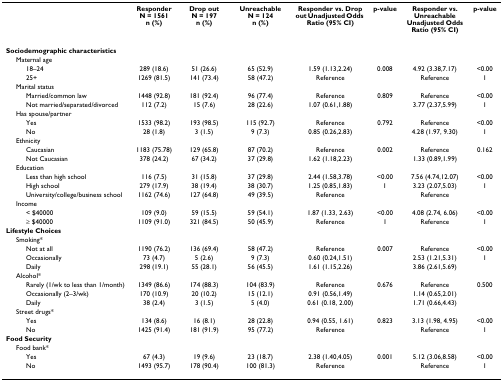
<table><thead><tr><td></td><td><b>ResponderN = 1561n (%)</b></td><td><b>Drop outN = 197n (%)</b></td><td><b>UnreachableN = 124n (%)</b></td><td><b>Responder vs. Drop out Unadjusted Odds Ratio (95% CI)</b></td><td><b>p-value</b></td><td><b>Responder vs. Unreachable Unadjusted Odds Ratio (95% CI)</b></td><td><b>p-value</b></td></tr></thead><tbody><tr><td><b>Sociodemographic characteristics</b></td><td></td><td></td><td></td><td></td><td></td><td></td><td></td></tr><tr><td> Maternal age</td><td></td><td></td><td></td><td></td><td></td><td></td><td></td></tr><tr><td>18–24</td><td>289 (18.6)</td><td>51 (26.6)</td><td>65 (52.9)</td><td>1.59 (1.13,2.24)</td><td>0.008</td><td>4.92 (3.38,7.17)</td><td>&lt;0.00</td></tr><tr><td>25+</td><td>1269 (81.5)</td><td>141 (73.4)</td><td>58 (47.2)</td><td>Reference</td><td></td><td>Reference</td><td>1</td></tr><tr><td> Marital status</td><td></td><td></td><td></td><td></td><td></td><td></td><td></td></tr><tr><td>Married/common law</td><td>1448 (92.8)</td><td>181 (92.4)</td><td>96 (77.4)</td><td>Reference</td><td>0.809</td><td>Reference</td><td>&lt;0.00</td></tr><tr><td>Not married/separated/divorced</td><td>112 (7.2)</td><td>15 (7.6)</td><td>28 (22.6)</td><td>1.07 (0.61,1.88)</td><td></td><td>3.77 (2.37,5.99)</td><td>1</td></tr><tr><td> Has spouse/partner</td><td></td><td></td><td></td><td></td><td></td><td></td><td></td></tr><tr><td>Yes</td><td>1533 (98.2)</td><td>193 (98.5)</td><td>115 (92.7)</td><td>Reference</td><td>0.792</td><td>Reference</td><td>&lt;0.00</td></tr><tr><td>No</td><td>28 (1.8)</td><td>3 (1.5)</td><td>9 (7.3)</td><td>0.85 (0.26,2.83)</td><td></td><td>4.28 (1.97, 9.30)</td><td>1</td></tr><tr><td> Ethnicity</td><td></td><td></td><td></td><td></td><td></td><td></td><td></td></tr><tr><td>Caucasian</td><td>1183 (75.78)</td><td>129 (65.8)</td><td>87 (70.2)</td><td>Reference</td><td>0.002</td><td>Reference</td><td>0.162</td></tr><tr><td>Not Caucasian</td><td>378 (24.2)</td><td>67 (34.2)</td><td>37 (29.8)</td><td>1.62 (1.18,2.23)</td><td></td><td>1.33 (0.89,1.99)</td><td></td></tr><tr><td> Education</td><td></td><td></td><td></td><td></td><td></td><td></td><td></td></tr><tr><td>Less than high school</td><td>116 (7.5)</td><td>31 (15.8)</td><td>37 (29.8)</td><td>2.44 (1.58,3.78)</td><td>&lt;0.00</td><td>7.56 (4.74,12.07)</td><td>&lt;0.00</td></tr><tr><td>High school</td><td>279 (17.9)</td><td>38 (19.4)</td><td>38 (30.7)</td><td>1.25 (0.85,1.83)</td><td>1</td><td>3.23 (2.07,5.03)</td><td>1</td></tr><tr><td>University/college/business school</td><td>1162 (74.6)</td><td>127 (64.8)</td><td>49 (39.5)</td><td>Reference</td><td></td><td>Reference</td><td></td></tr><tr><td> Income</td><td></td><td></td><td></td><td></td><td></td><td></td><td></td></tr><tr><td>&lt; $40000</td><td>109 (9.0)</td><td>59 (15.5)</td><td>59 (54.1)</td><td>1.87 (1.33, 2.63)</td><td>&lt;0.00</td><td>4.08 (2.74, 6.06)</td><td>&lt;0.00</td></tr><tr><td>≥ $40000</td><td>1109 (91.0)</td><td>321 (84.5)</td><td>50 (45.9)</td><td>Reference</td><td>1</td><td>Reference</td><td>1</td></tr><tr><td><b>Lifestyle Choices</b></td><td></td><td></td><td></td><td></td><td></td><td></td><td></td></tr><tr><td> Smoking*</td><td></td><td></td><td></td><td></td><td></td><td></td><td></td></tr><tr><td>Not at all</td><td>1190 (76.2)</td><td>136 (69.4)</td><td>58 (47.2)</td><td>Reference</td><td>0.007</td><td>Reference</td><td>&lt;0.00</td></tr><tr><td>Occasionally</td><td>73 (4.7)</td><td>5 (2.6)</td><td>9 (7.3)</td><td>0.60 (0.24,1.51)</td><td></td><td>2.53 (1.21,5.31)</td><td>1</td></tr><tr><td>Daily</td><td>298 (19.1)</td><td>55 (28.1)</td><td>56 (45.5)</td><td>1.61 (1.15,2.26)</td><td></td><td>3.86 (2.61,5.69)</td><td></td></tr><tr><td> Alcohol*</td><td></td><td></td><td></td><td></td><td></td><td></td><td></td></tr><tr><td>Rarely (1/wk to less than 1/month)</td><td>1349 (86.6)</td><td>174 (88.3)</td><td>104 (83.9)</td><td>Reference</td><td>0.676</td><td>Reference</td><td>0.500</td></tr><tr><td>Occasionally (2–3/wk)</td><td>170 (10.9)</td><td>20 (10.2)</td><td>15 (12.1)</td><td>0.91 (0.56,1.49)</td><td></td><td>1.14 (0.65,2.01)</td><td></td></tr><tr><td>Daily</td><td>38 (2.4)</td><td>3 (1.5)</td><td>5 (4.0)</td><td>0.61 (0.18, 2.00)</td><td></td><td>1.71 (0.66,4.43)</td><td></td></tr><tr><td> Street drugs*</td><td></td><td></td><td></td><td></td><td></td><td></td><td></td></tr><tr><td>Yes</td><td>134 (8.6)</td><td>16 (8.1)</td><td>28 (22.8)</td><td>0.94 (0.55, 1.61)</td><td>0.823</td><td>3.13 (1.98, 4.95)</td><td>&lt;0.00</td></tr><tr><td>No</td><td>1425 (91.4)</td><td>181 (91.9)</td><td>95 (77.2)</td><td>Reference</td><td></td><td>Reference</td><td>1</td></tr><tr><td><b>Food Security</b></td><td></td><td></td><td></td><td></td><td></td><td></td><td></td></tr><tr><td> Food bank*</td><td></td><td></td><td></td><td></td><td></td><td></td><td></td></tr><tr><td>Yes</td><td>67 (4.3)</td><td>19 (9.6)</td><td>23 (18.7)</td><td>2.38 (1.40,4.05)</td><td>0.001</td><td>5.12 (3.06,8.58)</td><td>&lt;0.00</td></tr><tr><td>No</td><td>1493 (95.7)</td><td>178 (90.4)</td><td>100 (81.3)</td><td>Reference</td><td></td><td>Reference</td><td>1</td></tr></tbody></table>